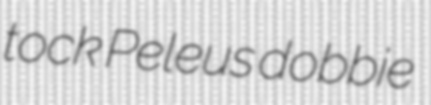
tock Peleus dobbie